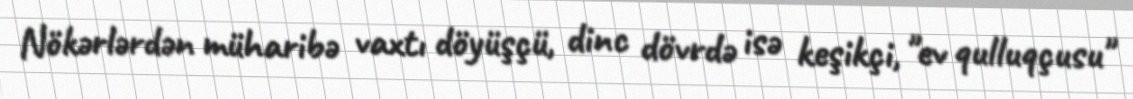
Nökərlərdən müharibə vaxtı döyüşçü, dinc dövrdə isə keşikçi, "ev qulluqçusu"